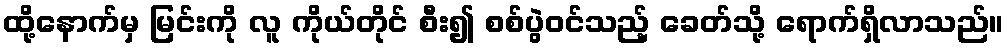
ထို့နောက်မှ မြင်းကို လူ ကိုယ်တိုင် စီး၍ စစ်ပွဲဝင်သည့် ခေတ်သို့ ရောက်ရှိလာသည်။